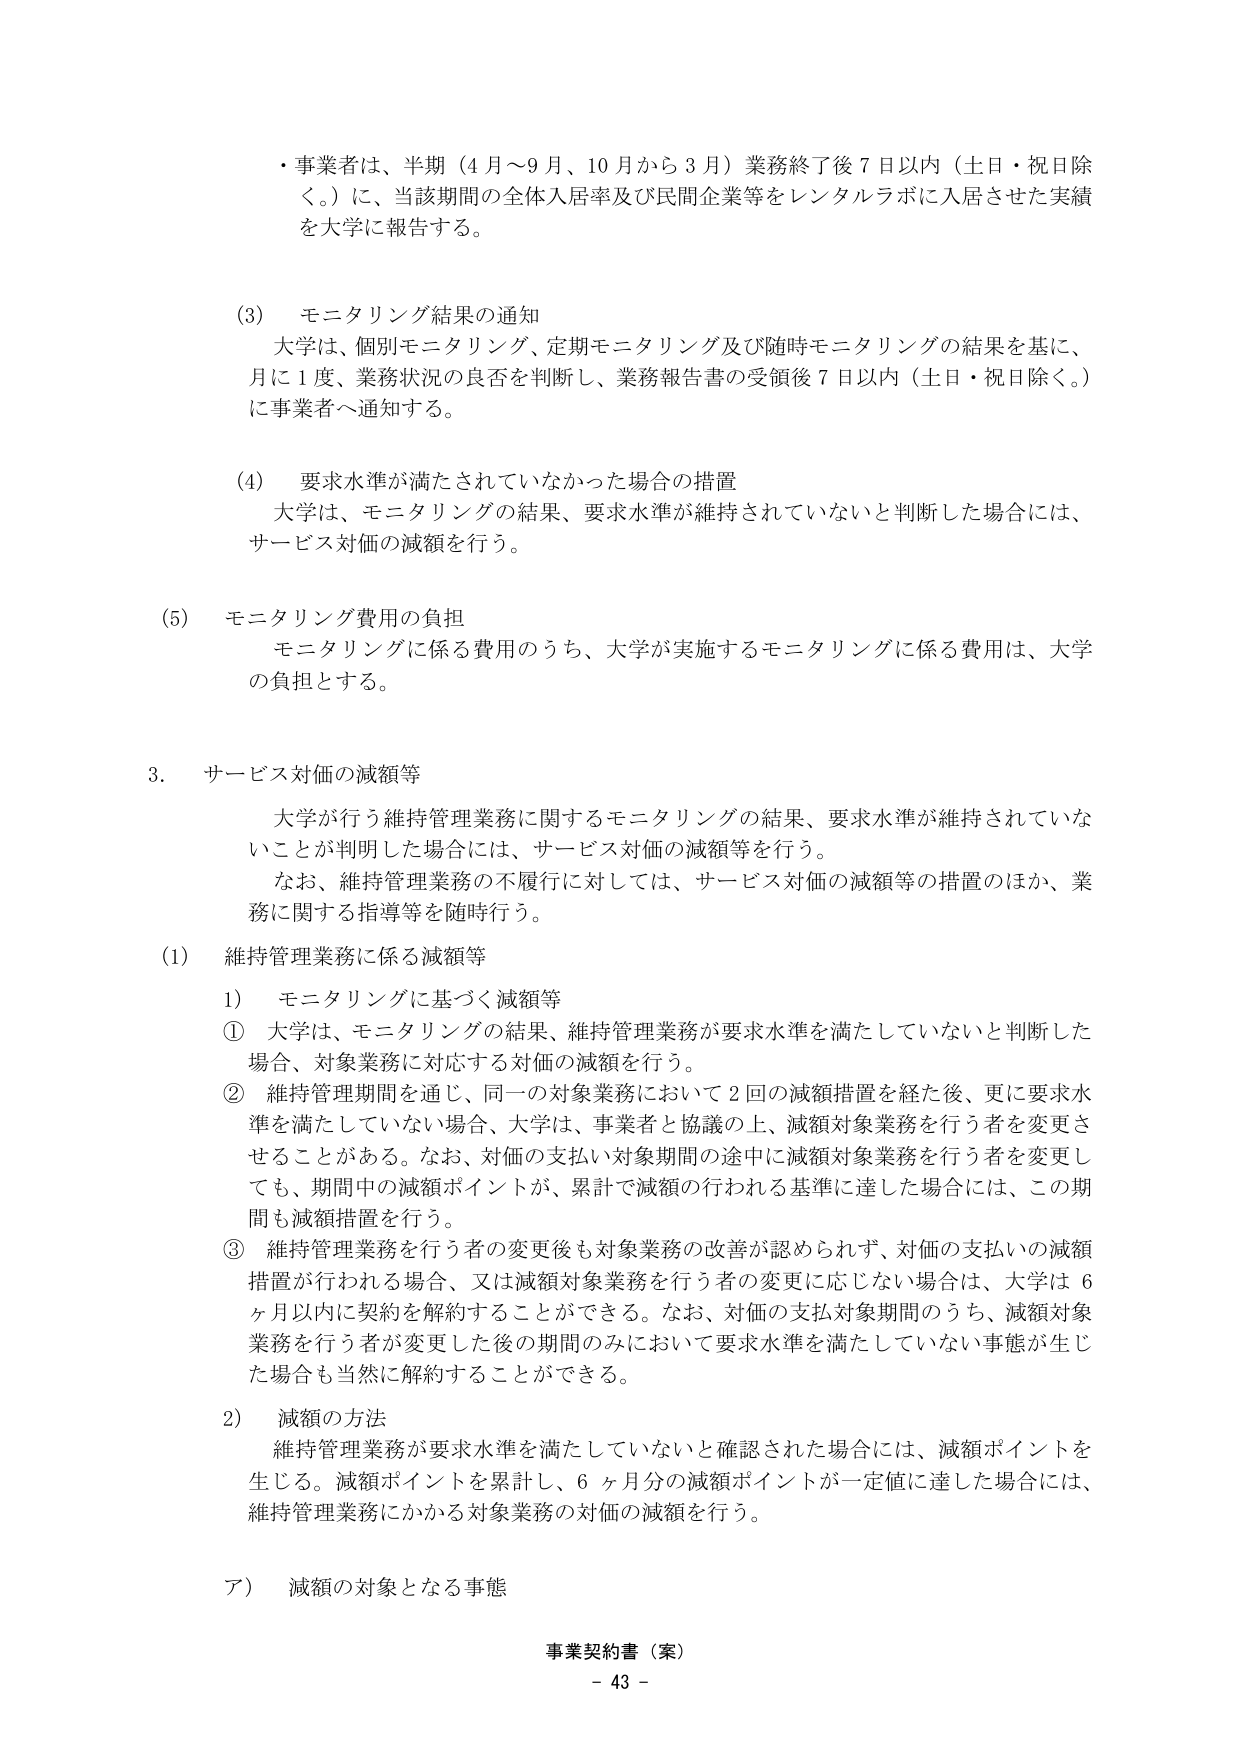
・事業者は、半期（4月～9月、10月から3月）業務終了後7日以内（土日・祝日除く。）に、当該期間の全体入居率及び民間企業等をレンタルラボに入居させた実績を大学に報告する。

(3) モニタリング結果の通知
大学は、個別モニタリング、定期モニタリング及び随時モニタリングの結果を基に、月に1度、業務状況の良否を判断し、業務報告書の受領後7日以内（土日・祝日除く。）に事業者へ通知する。

(4) 要求水準が満たされていなかった場合の措置
大学は、モニタリングの結果、要求水準が維持されていないと判断した場合には、サービス対価の減額を行う。

(5) モニタリング費用の負担
モニタリングに係る費用のうち、大学が実施するモニタリングに係る費用は、大学の負担とする。

3. サービス対価の減額等
大学が行う維持管理業務に関するモニタリングの結果、要求水準が維持されていないことが判明した場合には、サービス対価の減額等を行う。
なお、維持管理業務の不履行に対しては、サービス対価の減額等の措置のほか、業務に関する指導等を随時行う。

(1) 維持管理業務に係る減額等
1) モニタリングに基づく減額等
① 大学は、モニタリングの結果、維持管理業務が要求水準を満たしていないと判断した場合、対象業務に対応する対価の減額を行う。
② 維持管理期間を通じ、同一の対象業務において2回の減額措置を経た後、更に要求水準を満たしていない場合、大学は、事業者と協議の上、減額対象業務を行う者を変更させることがある。なお、対価の支払い対象期間の途中に減額対象業務を行う者を変更しても、期間中の減額ポイントが、累計で減額の行われる基準に達した場合には、この期間も減額措置を行う。
③ 維持管理業務を行う者の変更後も対象業務の改善が認められず、対価の支払いの減額措置が行われる場合、又は減額対象業務を行う者の変更に応じない場合は、大学は6ヶ月以内に契約を解約することができる。なお、対価の支払対象期間のうち、減額対象業務を行う者が変更した後の期間のみにおいて要求水準を満たしていない事態が生じた場合も当然に解約することができる。

2) 減額の方法
維持管理業務が要求水準を満たしていないと確認された場合には、減額ポイントを生じる。減額ポイントを累計し、6ヶ月分の減額ポイントが一定値に達した場合には、維持管理業務にかかる対象業務の対価の減額を行う。

ア) 減額の対象となる事態

事業契約書（案）
- 43 -